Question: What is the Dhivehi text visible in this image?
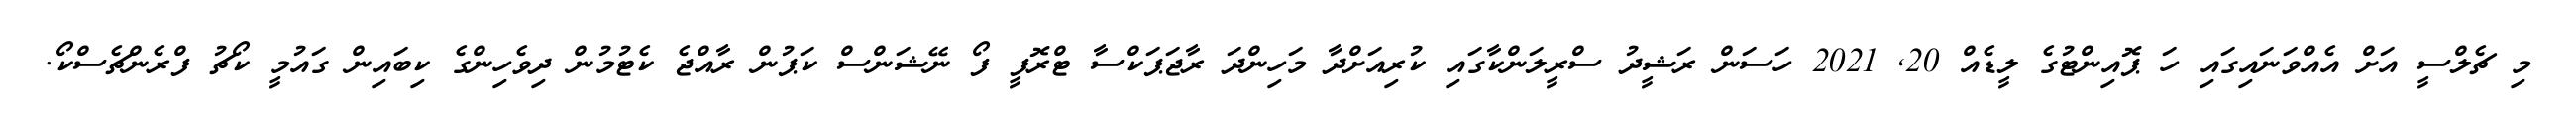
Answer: މި ޗެލްސީ އަށް އެއްވަނައިގައި ހަ ޕޮއިންޓުގެ ލީޑެއް 20, 2021 ހަސަން ރަޝީދު ސްރީލަންކާގައި ކުރިއަށްދާ މަހިންދަ ރާޖަޕަކްސާ ޓްރޮފީ ފޯ ނޭޝަންސް ކަޕުން ރާއްޖެ ކެޓުމުން ދިވެހިންގެ ކިބައިން ގައުމީ ކޯޗު ފްރެންޗެސްކޯ.